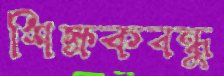
শিক্ষকবন্ধু